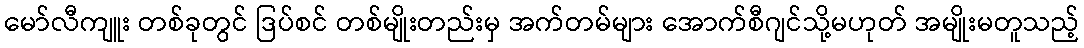
မော်လီကျူး တစ်ခုတွင် ဒြပ်စင် တစ်မျိုးတည်းမှ အက်တမ်များ အောက်စီဂျင်သို့မဟုတ် အမျိုးမတူသည့်